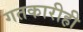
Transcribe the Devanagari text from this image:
गतकारीही